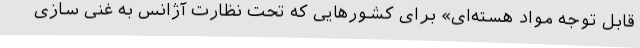
قابل توجه مواد هسته‌ای» برای کشورهایی که تحت نظارت آژانس به غنی سازی